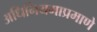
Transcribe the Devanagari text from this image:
अधिनियमाप्रमाणे